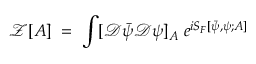
{ \mathcal Z } [ A ] \; = \; \int [ { \mathcal D } { \bar { \psi } } { \mathcal D } \psi ] _ { A } \; e ^ { i S _ { F } [ { \bar { \psi } } , \psi ; A ] }